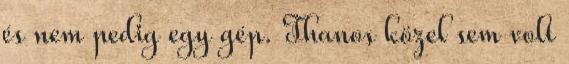
és nem pedig egy gép. Thanos közel sem volt